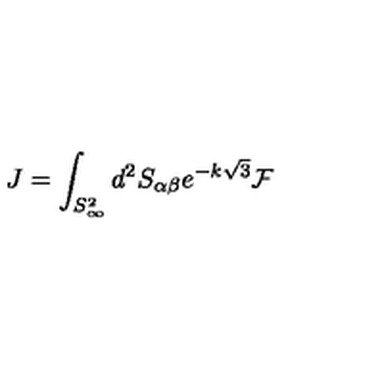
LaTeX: J = \int _ { S _ { \infty } ^ { 2 } } d ^ { 2 } S _ { \alpha \beta } e ^ { - k \sqrt { 3 } } \mathcal { F }